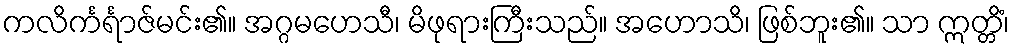
ကလိင်္ကင်္ရာဇ်မင်း၏။ အဂ္ဂမဟေသီ၊ မိဖုရားကြီးသည်။ အဟောသိ၊ ဖြစ်ဘူး၏။ သာ ဣတ္တိံ၊